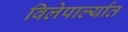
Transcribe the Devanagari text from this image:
विलेपार्ल्यात